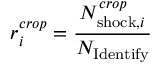
r _ { i } ^ { c r o p } = \frac { N _ { { \mathrm { s h o c k } } , i } ^ { c r o p } } { N _ { \mathrm { I d e n t i f y } } }